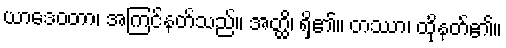
ယာဒေဝတာ၊ အကြင်နတ်သည်။ အတ္ထိ၊ ရှိ၏။ တဿာ၊ ထိုနတ်၏။